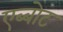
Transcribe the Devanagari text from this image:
एब्बोट